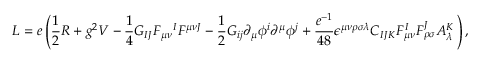
{ \cal L } = e \left( { \frac { 1 } { 2 } } R + g ^ { 2 } V - { \frac { 1 } { 4 } } G _ { I J } F _ { \mu \nu } { } ^ { I } F ^ { \mu \nu J } - { \frac { 1 } { 2 } } { \cal G } _ { i j } \partial _ { \mu } \phi ^ { i } \partial ^ { \mu } \phi ^ { j } + { \frac { e ^ { - 1 } } { 4 8 } } \epsilon ^ { \mu \nu \rho \sigma \lambda } C _ { I J K } F _ { \mu \nu } ^ { I } F _ { \rho \sigma } ^ { J } A _ { \lambda } ^ { K } \, \right) ,